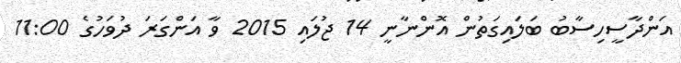
އަންދާސީހިސާބު ބަލައިގަތުން އޮންނާނީ 14 ޖުލައި 2015 ވާ އަންގަރަ ދުވަހުގެ 11:00